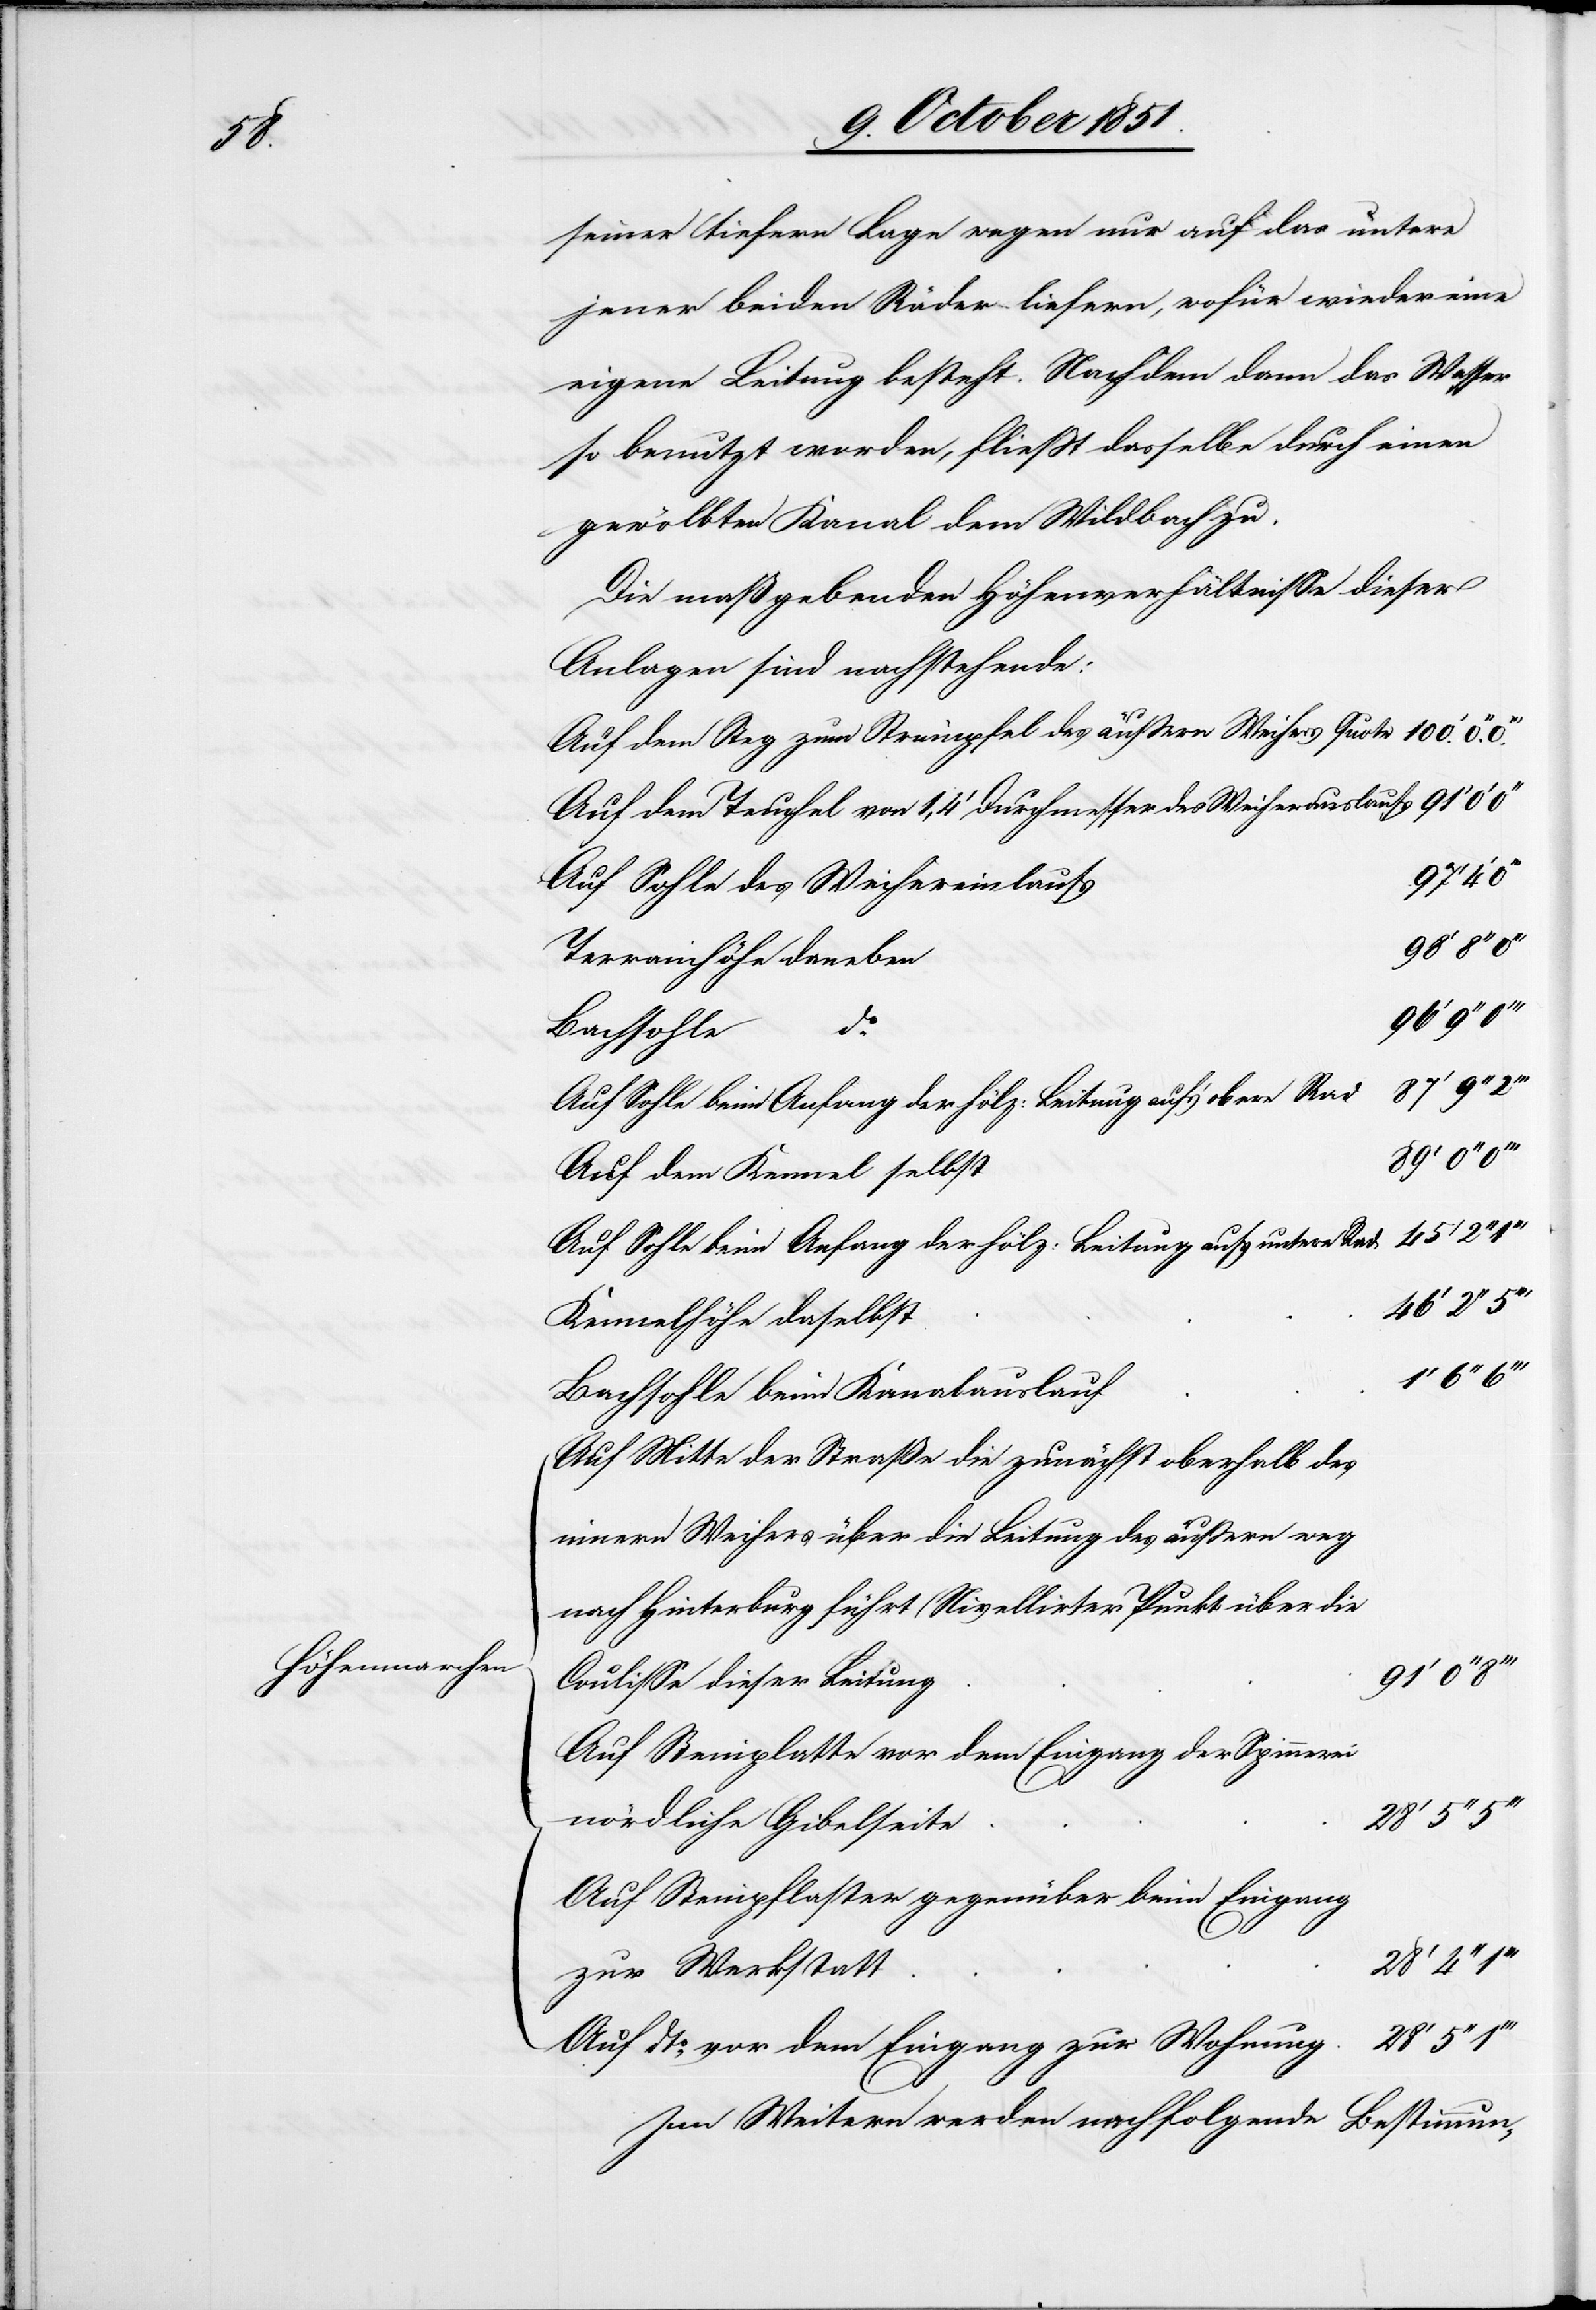
1‘

Höhenmarchen

seiner tiefern Lage wegen nur auf das untere
jener beiden Räder liefern, wofür wieder eine
eigene Leitung besteht. Nachdem dann das Wasser
so benutzt worden, fließt dasselbe durch einen
gewölbten Kanal dem Wildbach zu.
Die maßgebenden Höhenverhältnisse dieser
Anlagen sind nachstehende:
Auf dem Steg zum Strümpfel des äußern Weihers Quote
Auf dem Teuchel von 1,4‘ Durchmesser des Weiherauslaufs
Auf Sohle des Weihereinlaufs
Terrainhöhe daneben
96‘
do.
Bachsohle
Auf Sohle beim Anfang der hölz: Leitung auf’s obere Rad
87‘ 9‘‘
Auf dem Kennel selbst
Auf Sohle beim Anfang der hölz: Leitung aufs untere Rad
Kennelhöhe daselbst
Bachsohle beim Kanalauslauf
Auf Mitte der Straße die zunächst oberhalb des
innern Weihers über die Leitung des äußern weg
nach Hinterburg führt (Nivellirter Punkt über die
Coulisse dieser Leitung[)]
Auf Steinplatte vor dem Eingang der Spinnerei
nördliche Gibelseite
Auf Steinpflaster gegenüber beim Eingang
zur Werkstatt
28‘
Auf dto. vor dem Eingang zur Wohnung
Im Weitern werden nachfolgende
Bestimmun-